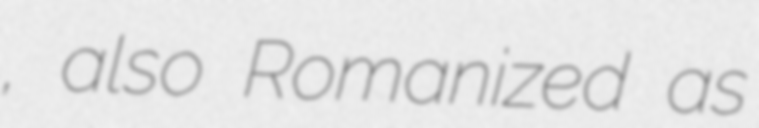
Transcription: عرب, also Romanized as